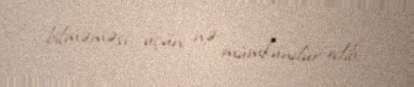
bilməməsi üçün nə mümkündür edib.